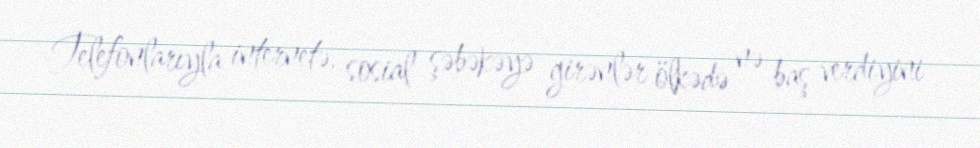
Telefonlarıyla internetə, sosial şəbəkəyə girənlər ölkədə nə baş verdiyini